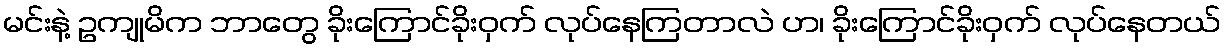
မင်းနဲ့ ဥကျုမိက ဘာတွေ ခိုးကြောင်ခိုးဝှက် လုပ်နေကြတာလဲ ဟ၊ ခိုးကြောင်ခိုးဝှက် လုပ်နေတယ်